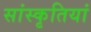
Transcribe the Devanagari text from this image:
सांस्कृतियां